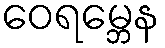
ဝေရမ္ဘေန